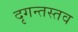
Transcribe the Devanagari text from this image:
दृगन्तस्तव